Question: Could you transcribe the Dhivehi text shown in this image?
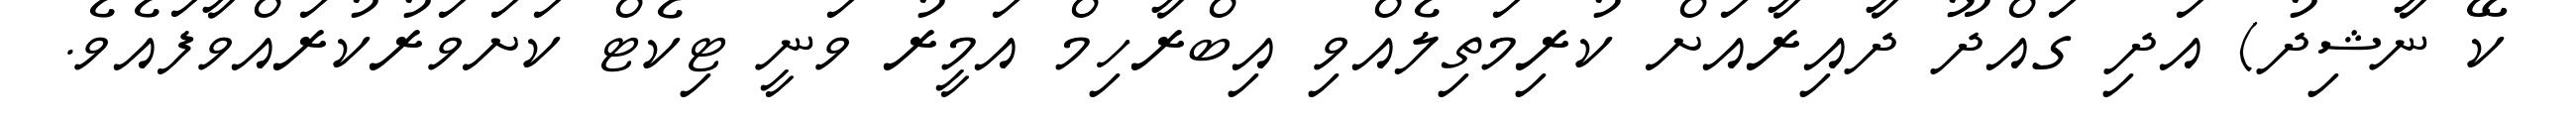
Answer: ކޭ ނާޝިދު) އަދި ގައްދޫ ދާއިރާއަށް ކުރިމަތިލެއްވި އިބްރާހިމް އަމީރު ވަނީ ޓިކެޓް ކަށަވަރުކުރައްވާފައެވެ.